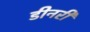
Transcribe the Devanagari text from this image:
डीनरी